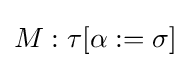
M:\tau [\alpha :=\sigma ]